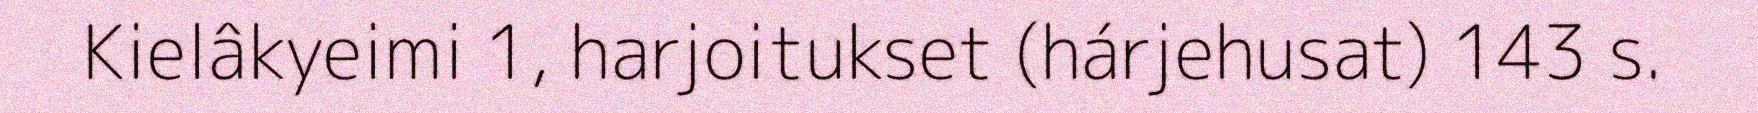
Kielâkyeimi 1, harjoitukset (hárjehusat) 143 s.